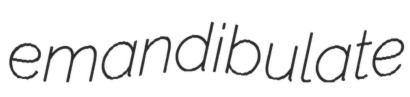
emandibulate